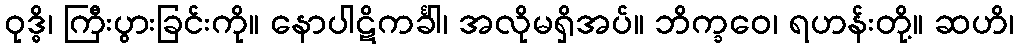
ဝုဒ္ဓိ၊ ကြီးပွားခြင်းကို။ နောပါဋိကင်္ခါ၊ အလိုမရှိအပ်။ ဘိက္ခဝေ၊ ရဟန်းတို့။ ဆဟိ၊